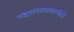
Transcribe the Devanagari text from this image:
स्वातंत्र्यलढ्याचीही